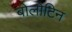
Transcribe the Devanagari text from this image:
बोलोटिन